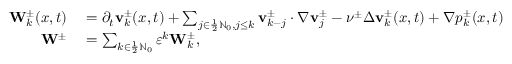
\begin{array} { r l } { \mathbf { W } _ { k } ^ { \pm } ( x , t ) } & { { } = \partial _ { t } \mathbf { v } _ { k } ^ { \pm } ( x , t ) + \sum _ { j \in \frac 1 2 \ensuremath { \mathbb { N } } _ { 0 } , j \leq k } \mathbf { v } _ { k - j } ^ { \pm } \cdot \nabla \mathbf { v } _ { j } ^ { \pm } - \nu ^ { \pm } \Delta \mathbf { v } _ { k } ^ { \pm } ( x , t ) + \nabla p _ { k } ^ { \pm } ( x , t ) } \\ { \mathbf { W } ^ { \pm } } & { { } = \sum _ { k \in \frac 1 2 \ensuremath { \mathbb { N } } _ { 0 } } \ensuremath { \varepsilon } ^ { k } \mathbf { W } _ { k } ^ { \pm } , } \end{array}